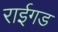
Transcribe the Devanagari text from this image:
राईगड